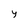
Character: 4